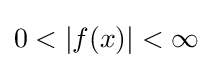
0<|f(x)|<\infty